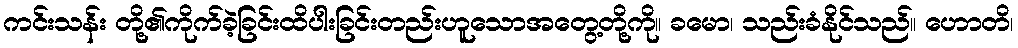
ကင်းသန်း တို့၏ကိုက်ခဲ့ခြင်းထိပါးခြင်းတည်းဟူသောအတွေ့တို့ကို။ ခမော၊ သည်းခံနိုင်သည်။ ဟောတိ၊